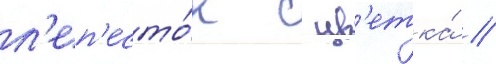
л'еп'есто́к с цв'етка́ //